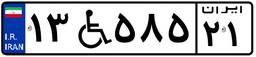
۷۳W۳۴۱۸۹